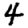
Digit: 4